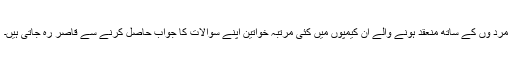
مرد وں کے ساتھ منعقد ہونے والے ان کیمپوں میں کئی مرتبہ خواتین اپنے سوالات کا جواب حاصل کرنے سے قاصر رہ جاتی ہیں۔